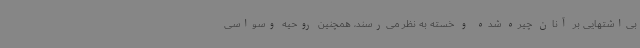
بی‌اشتهایی بر آنان چیره شده و خسته به نظر می‌رسند، همچنین روحیه وسواسی